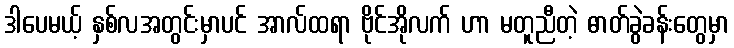
ဒါပေမယ့် နှစ်လအတွင်းမှာပင် အာလ်ထရာ ဗိုင်အိုလက် ဟာ မတူညီတဲ့ ဓာတ်ခွဲခန်းတွေမှာ